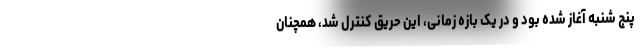
پنج شنبه آغاز شده بود و در یک بازه زمانی، این حریق کنترل شد، همچنان